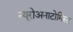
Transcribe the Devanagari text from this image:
न्यूरोअनाटोमिस्ट